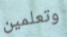
وتعلمين